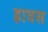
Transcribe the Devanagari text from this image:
हावस